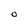
Character: 0